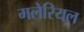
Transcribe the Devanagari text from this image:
मलेरियल